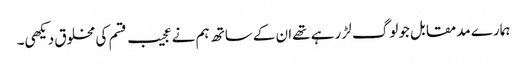
ہمارے مدمقابل جولوگ لڑ رہے تھےان کےساتھ ہم نےعجیب قسم کی مخلوق دیکھی۔